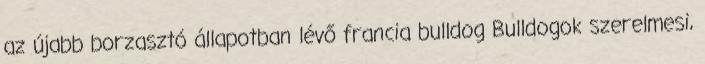
az újabb borzasztó állapotban lévő francia bulldog Bulldogok szerelmesi,